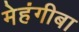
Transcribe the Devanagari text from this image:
मेहंगीबा